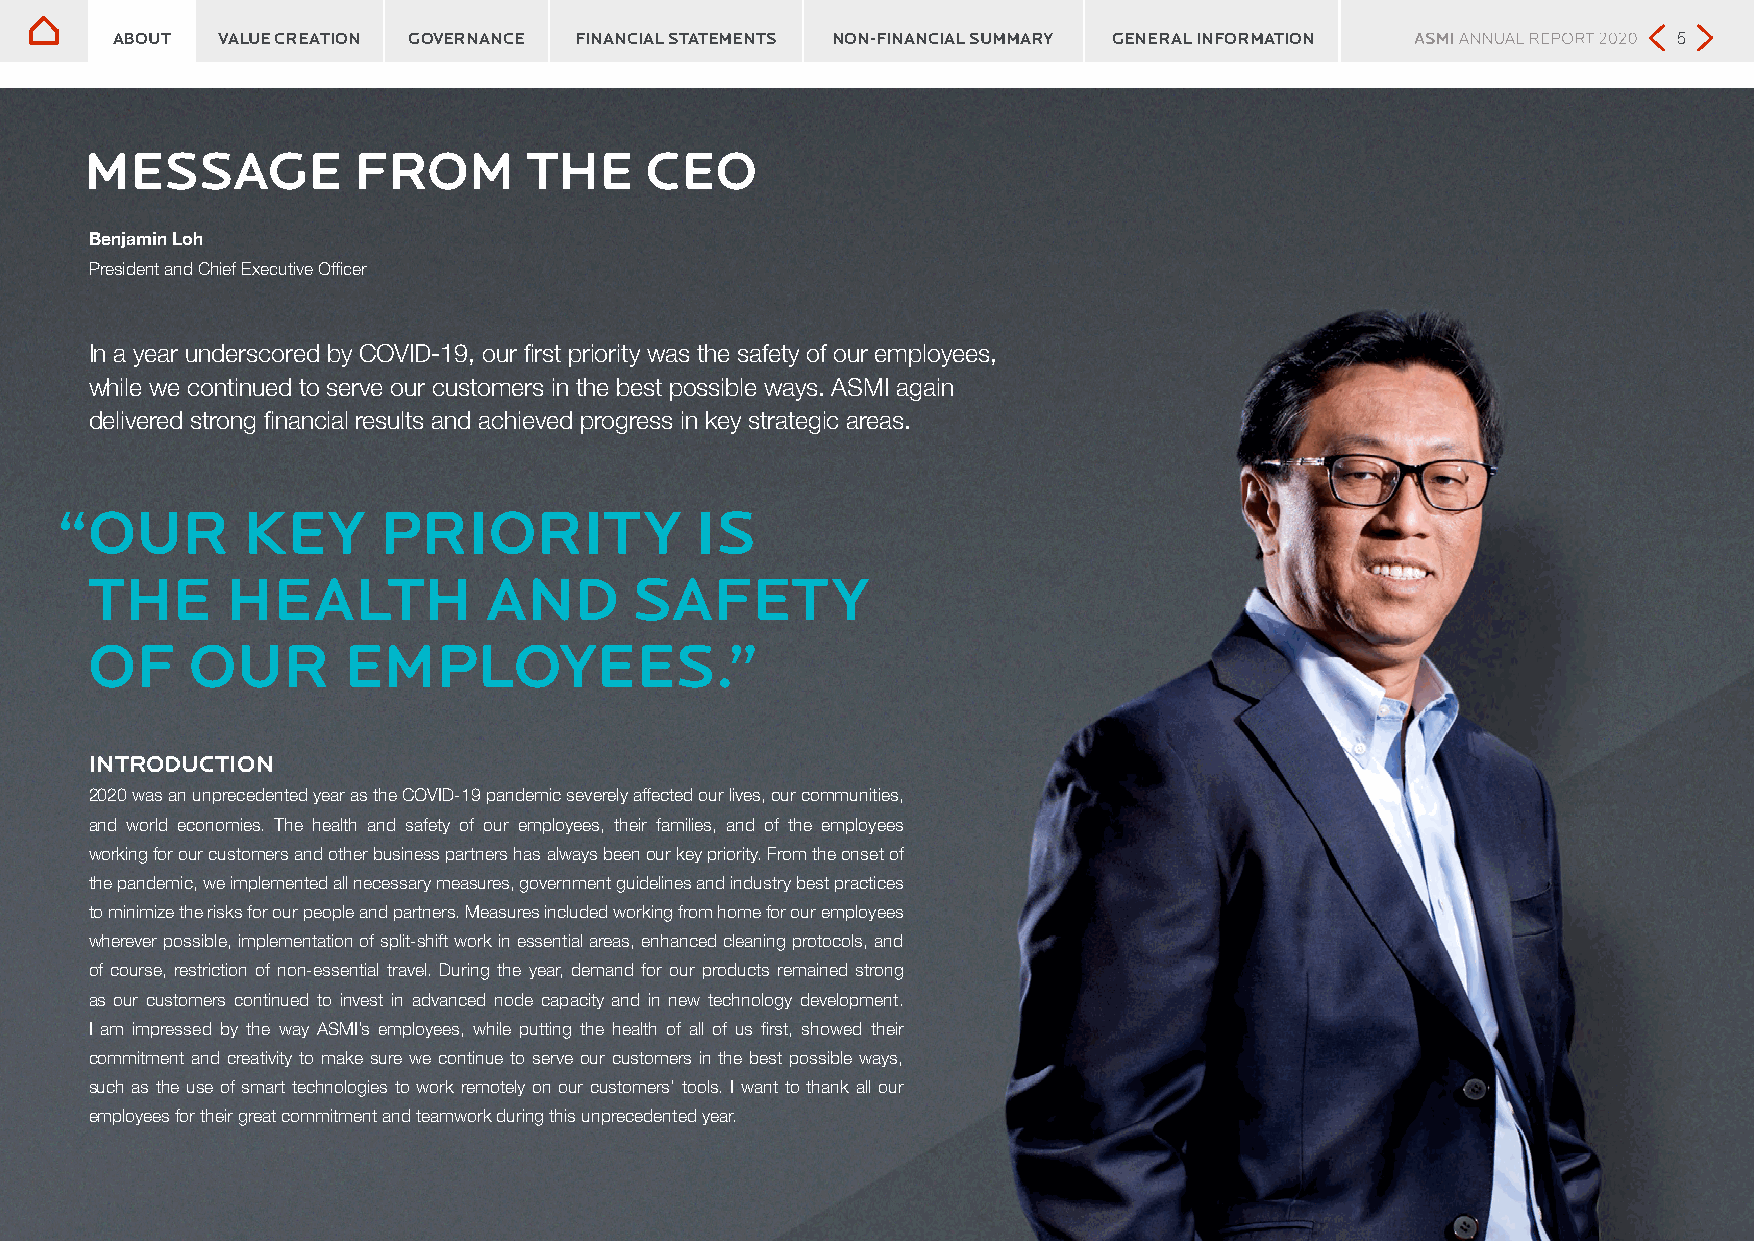
Message from the CEO
 Message from the CEO
 ABOUT  VALUE CREATION GOVERNANCE FINANCIAL STATEMENTS NON-FINANCIAL SUMMARY GENERAL INFORMATION         5
 MESSAGE          FROM        THE     CEO
 Benjamin Loh
 President and Chief Executive Officer
 In a year underscored by COVID-19, our first priority was the safety of our employees,
 while we continued to serve our customers in the best possible ways. ASMI again
 delivered strong financial results and achieved progress in key strategic areas.
 “ OUR       KEY      PRIORITY             IS
 THE      HEALTH           AND       SAFETY
 OF    OUR        EMPLOYEES.”
 INTRODUCTION
 2020 was an unprecedented year as the COVID-19 pandemic severely affected our lives, our communities,
 and world economies. The health and safety of our employees, their families, and of the employees
 working for our customers and other business partners has always been our key priority. From the onset of
 the pandemic, we implemented all necessary measures, government guidelines and industry best practices
 to minimize the risks for our people and partners. Measures included working from home for our employees
 wherever possible, implementation of split-shift work in essential areas, enhanced cleaning protocols, and
 of course, restriction of non-essential travel. During the year, demand for our products remained strong
 as our customers continued to invest in advanced node capacity and in new technology development.
 I am impressed by the way ASMI’s employees, while putting the health of all of us first, showed their
 commitment and creativity to make sure we continue to serve our customers in the best possible ways,
 such as the use of smart technologies to work remotely on our customers’ tools. I want to thank all our
 employees for their great commitment and teamwork during this unprecedented year.